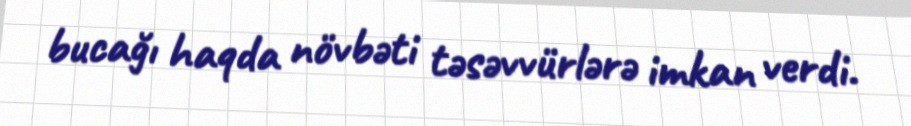
bucağı haqda növbəti təsəvvürlərə imkan verdi.